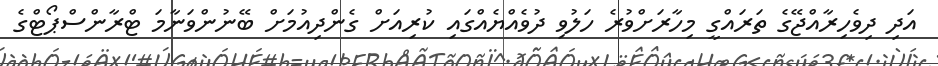
އަދި ދިވެހިރާއްޖޭގެ ތަރައްގީ މިހާރަށްވުރެ ހަލުވި ދުވެއްޔެއްގައި ކުރިއަށް ގެންދިއުމަށް ބޭނުންވަނާމަ ޓްރާންސްޕޯޓްގެ